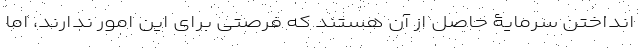
انداختن سرمایۀ حاصل از آن هستند که فرصتی برای این امور ندارند، اما